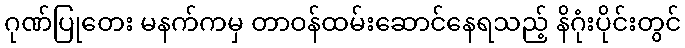
ဂုဏ်ပြုတေး မနက်ကမှ တာဝန်ထမ်းဆောင်နေရသည့် နိဂုံးပိုင်းတွင်